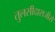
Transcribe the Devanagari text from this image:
तुलसीदासजीसे